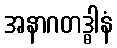
အနာဂတဒ္ဓါနံ